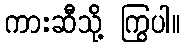
ကားဆီသို့ ကြွပါ။